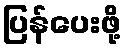
ပြန်ပေးဖို့